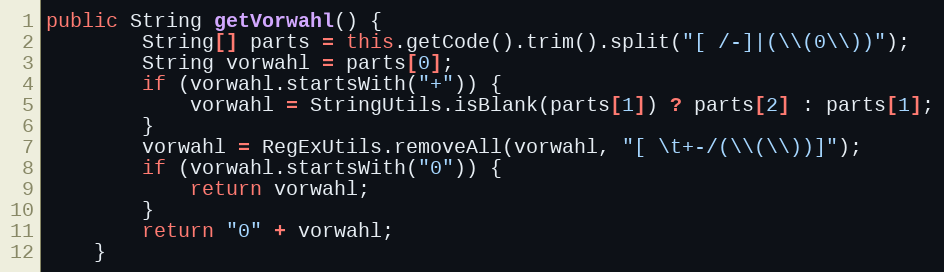
Language: Java
public String getVorwahl() {
        String[] parts = this.getCode().trim().split("[ /-]|(\\(0\\))");
        String vorwahl = parts[0];
        if (vorwahl.startsWith("+")) {
            vorwahl = StringUtils.isBlank(parts[1]) ? parts[2] : parts[1];
        }
        vorwahl = RegExUtils.removeAll(vorwahl, "[ \t+-/(\\(\\))]");
        if (vorwahl.startsWith("0")) {
            return vorwahl;
        }
        return "0" + vorwahl;
    }